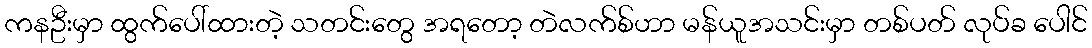
ကနဦးမှာ ထွက်ပေါ်ထားတဲ့ သတင်းတွေ အရတော့ တဲလက်စ်ဟာ မန်ယူအသင်းမှာ တစ်ပတ် လုပ်ခ ပေါင်